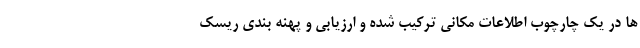
ها در یک چارچوب اطلاعات مکانی ترکیب شده و ارزیابی و پهنه بندی ریسک